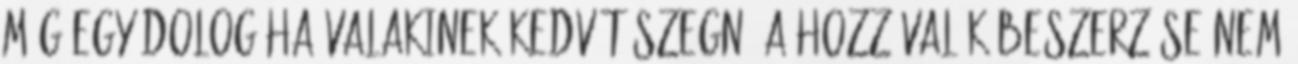
még egy dolog.Ha valakinek kedvét szegné a hozzávalók beszerzése,nem